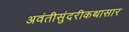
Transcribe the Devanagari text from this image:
अवंतीसुंदरीकथासार